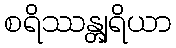
စရိဿန္တျရိယာ